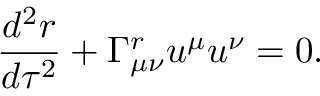
{ \frac { d ^ { 2 } r } { d \tau ^ { 2 } } } + \Gamma _ { \mu \nu } ^ { r } u ^ { \mu } u ^ { \nu } = 0 .